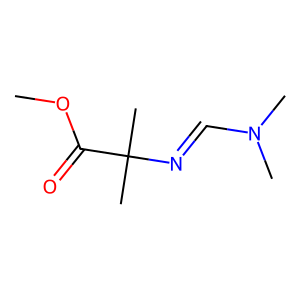
SMILES: COC(=O)C(C)(C)N=CN(C)C
Inhibits HIV replication: No